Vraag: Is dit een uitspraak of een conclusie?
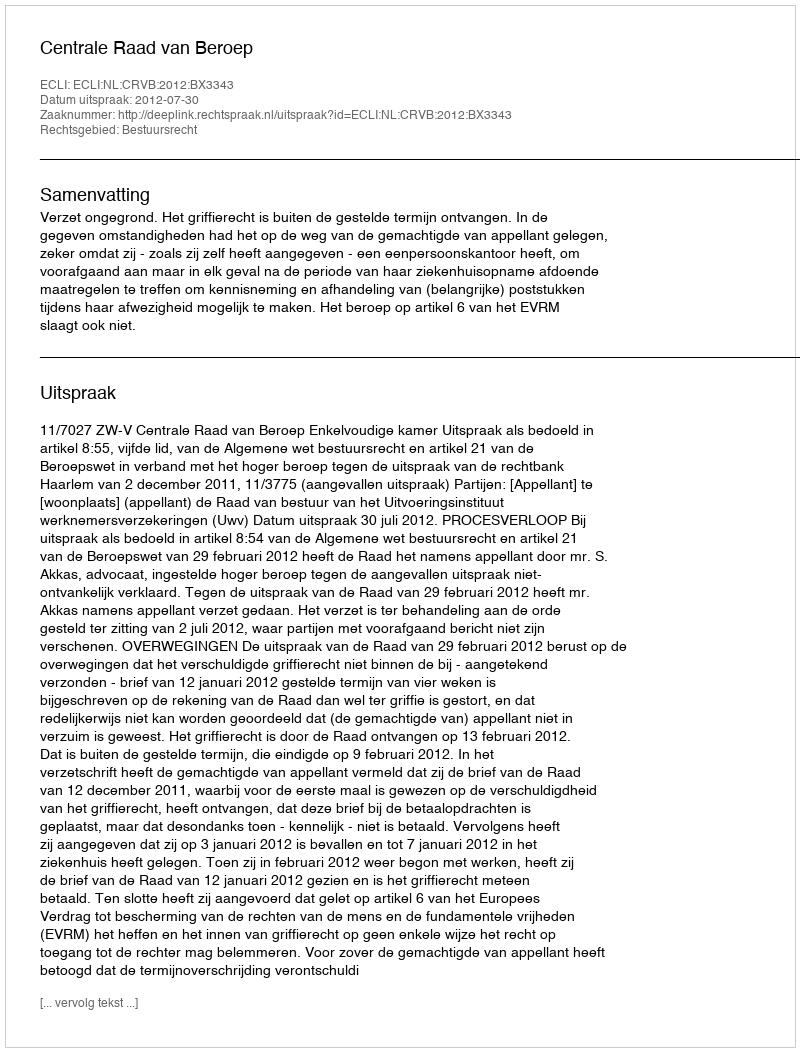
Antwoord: Uitspraak